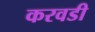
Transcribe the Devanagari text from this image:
करवडी